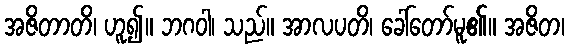
အဇိတာတိ၊ ဟူ၍။ ဘဂဝါ၊ သည်။ အာလပတိ၊ ခေါ်တော်မူ၏။ အဇိတ၊